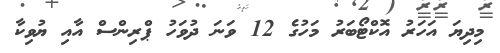
މިދިޔަ އަހަރު އޮކްޓޯބަރު މަހުގެ 12 ވަނަ ދުވަހު ޕްރިންސް އާއި ޔުވިކާ